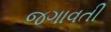
જગાવતી